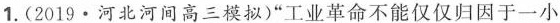
1.(2019·河北河间高三模拟)“工业革命不能仅仅归因于一小